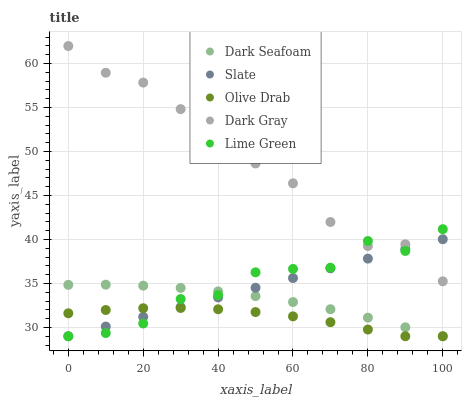
| xaxis_label | Dark Seafoam | Slate | Olive Drab | Dark Gray | Lime Green |
 | --- | --- | --- | --- | --- | --- |
 | 0 | 34.8 | 29 | 31.6 | 62 | 29 |
 | 10 | 34.9 | 30.1 | 32 | 59 | 29.4 |
 | 20 | 34.8 | 31.2 | 32.2 | 57.8 | 30.5 |
 | 30 | 34.5 | 32.3 | 32.2 | 54.8 | 33.2 |
 | 40 | 34.1 | 33.4 | 32.1 | 50.1 | 33.7 |
 | 50 | 33.6 | 34.5 | 31.8 | 48.6 | 36.3 |
 | 60 | 32.9 | 35.6 | 31.3 | 46.4 | 36.7 |
 | 70 | 32.1 | 36.7 | 30.6 | 42 | 36.8 |
 | 80 | 31.1 | 37.8 | 29.8 | 39.3 | 39.8 |
 | 90 | 30 | 38.9 | 29 | 39.5 | 38.7 |
 | 100 | 29 | 40 | 29 | 35.2 | 41.2 |